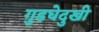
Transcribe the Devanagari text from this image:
गुडघेदुखी